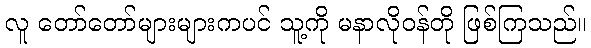
လူ တော်တော်များများကပင် သူ့ကို မနာလိုဝန်တို ဖြစ်ကြသည်။